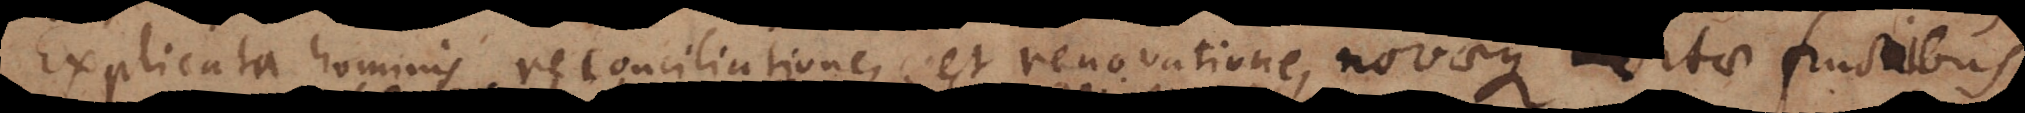
Explicata hominis reconciliatione, et renovatione, novaeque vitae fructibus